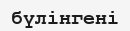
бүлінгені